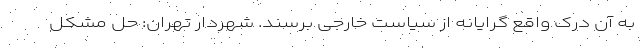
به آن درک واقع گرایانه از سیاست خارجی برسند. شهردار تهران: حل مشکل